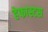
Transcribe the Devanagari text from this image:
हेफास्टस